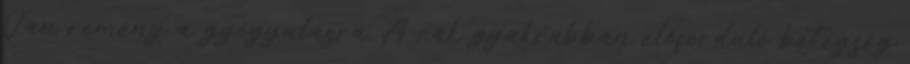
Van remény a gyógyulásra A rák gyakrabban előforduló betegség